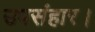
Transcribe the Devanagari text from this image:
उपसंहार।